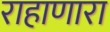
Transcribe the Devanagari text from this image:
राहाणारा